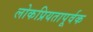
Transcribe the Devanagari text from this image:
लोकप्रियतापूर्वक